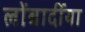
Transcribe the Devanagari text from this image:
लोंबार्दीया